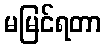
မမြင်ရတာ